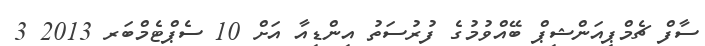
ސާފް ޗެމްޕިއަންޝިޕް ބޭއްވުމުގެ ފުރުސަތު އިންޑިއާ އަށް 10 ސެޕްޓެމްބަރ 2013 3